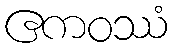
ဧကဝဿံ